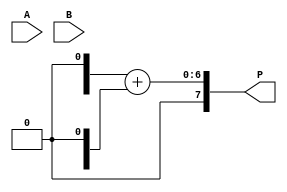
module dadda_multiplier #(parameter N = 4) (
    input [N-1:0] A, // Multiplicand
    input [N-1:0] B, // Multiplier
    output [2*N-1:0] P // Product
);

// Partial products
wire [N-1:0] pp [0:N-1]; // Partial products array

// Generate partial products
genvar i, j;
generate
    for (i = 0; i < N; i = i + 1) begin : PARTIAL_PRODUCTS
        for (j = 0; j < N; j = j + 1) begin : PP_GEN
            assign pp[i][j] = A[j] & B[i];
        end
    end
endgenerate

// Reduction tree (Stage 1)
wire [N-1:0] r1 [0:N-1]; // Reduction stage 1
wire [N:0] carry1 [0:N-1]; // Carry for stage 1
genvar k;
generate
    for (k = 0; k < N; k = k + 1) begin : ADD_STAGE_1
        if (k < N-1) begin
            assign r1[k] = pp[k][0] + pp[k][1] + pp[k+1][0];
            assign carry1[k] = (pp[k][0] & pp[k][1]) | (pp[k][0] & pp[k+1][0]) | (pp[k][1] & pp[k+1][0]);
        end else begin
            assign r1[k] = pp[k][0] + pp[k][1];
            assign carry1[k] = pp[k][0] & pp[k][1];
        end
    end
endgenerate

// Other stages of reduction (similar pattern)
wire [N-1:0] r2 [0:N-1]; 
wire [N:0] carry2 [0:N-1];
generate
    // Add logic for subsequent stages based on Dadda reduction approach
    // This would need to be repeated for each stage, adjusting for the Dadda tree pattern
endgenerate

// Final addition to get the product
wire [2*N-1:0] final_sum;
assign final_sum = {1'b0, r2[0]} + {carry2[0], 1'b0}; // This needs to be adjusted based on the last stage

assign P = final_sum;

endmodule